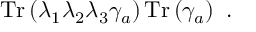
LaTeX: \mathrm { T r } \left( \lambda _ { 1 } \lambda _ { 2 } \lambda _ { 3 } \gamma _ { a } \right) \mathrm { T r } \left( \gamma _ { a } \right) ~ .